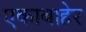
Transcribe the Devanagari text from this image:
एकाबाहेर